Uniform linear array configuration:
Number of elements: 64
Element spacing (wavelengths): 1
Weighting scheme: kaiser
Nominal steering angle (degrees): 0
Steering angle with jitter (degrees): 1.042
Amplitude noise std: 0.05
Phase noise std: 0.05

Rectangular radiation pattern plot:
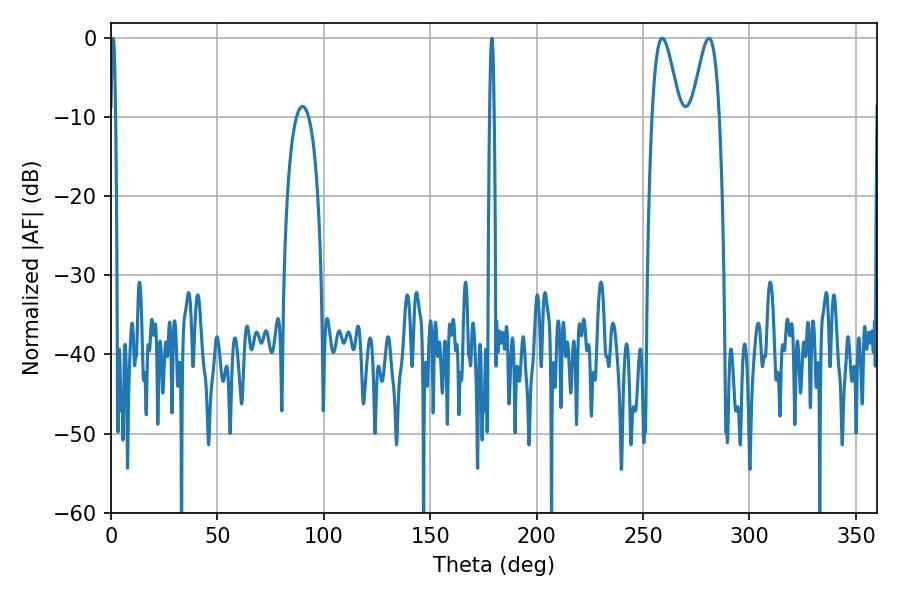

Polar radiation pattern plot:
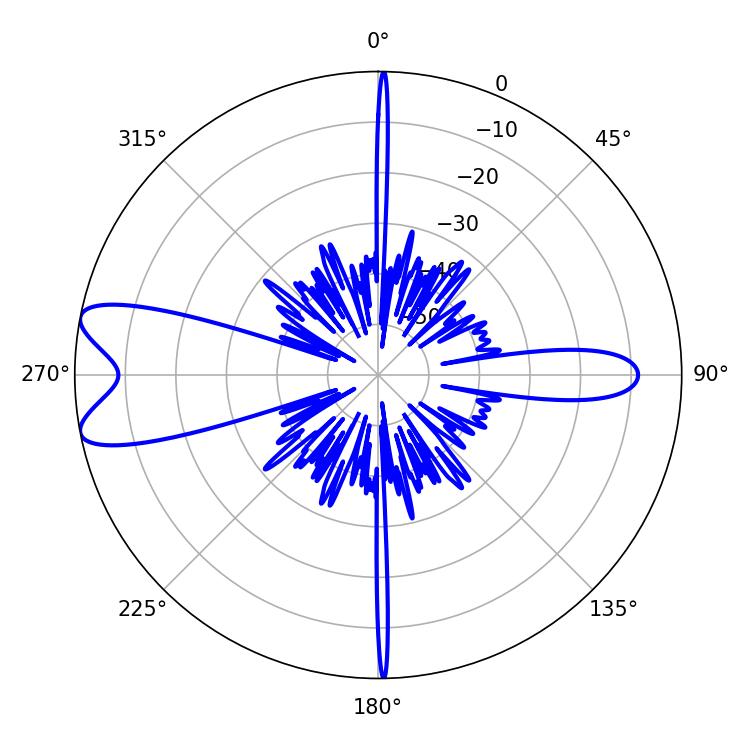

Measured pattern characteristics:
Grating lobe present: TRUE
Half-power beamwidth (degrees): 6.84
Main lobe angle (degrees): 259.02